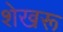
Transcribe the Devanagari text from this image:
शेखरू